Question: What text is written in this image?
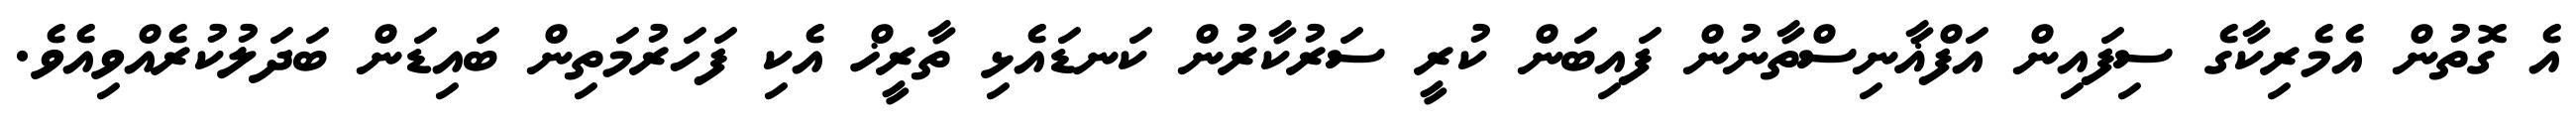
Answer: އެ ގޮތުން އެމެރިކާގެ ސިފައިން އަފްޣާނިސްތާނުން ފައިބަން ކުރީ ސަރުކާރުން ކަނޑައެޅި ތާރީޚް އެކި ފަހަރުމަތިން ބައިޑަން ބަދަލުކުރެއްވިއެވެ.